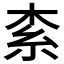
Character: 𣑇